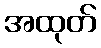
အထုတ်